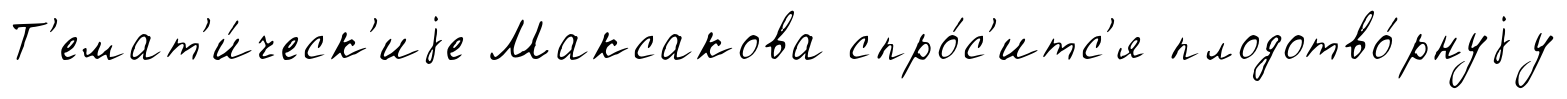
Т'емат'и́ческ'иjе Максакова спро́с'итс'я плодотво́рнуjу